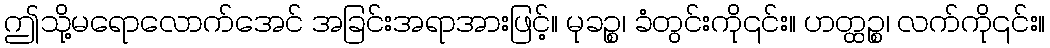
ဤသို့မရောလောက်အေင် အခြင်းအရာအားဖြင့်။ မုခဉ္စ၊ ခံတွင်းကို၎င်း။ ဟတ္ထဉ္စ၊ လက်ကို၎င်း။